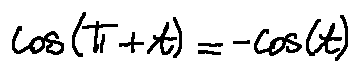
\cos ( \pi + t ) = - \cos ( t )